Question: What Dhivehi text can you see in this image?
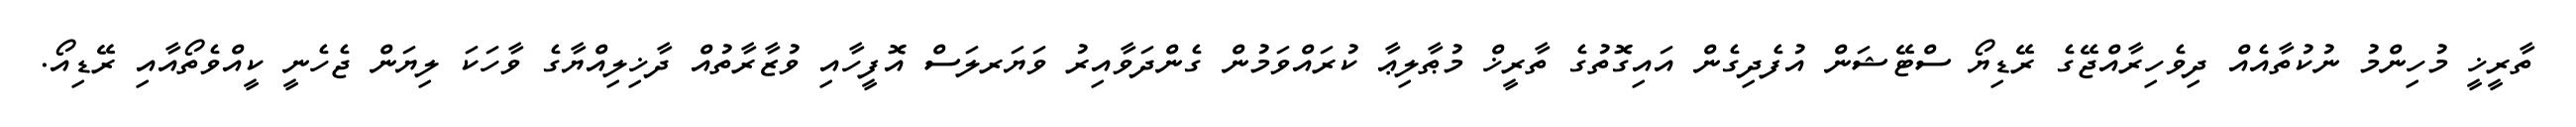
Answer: ތާރީޚީ މުހިންމު ނުކުތާއެއް ދިވެހިރާއްޖޭގެ ރޭޑިޔޯ ސްޓޭޝަން އުފެދިގެން އައިގޮތުގެ ތާރީޚް މުޠާލިޢާ ކުރައްވަމުން ގެންދަވާއިރު ވަޔަރލަސް އޮފީހާއި ވުޒާރާތުއް ދާޚިލިއްޔާގެ ވާހަކަ ލިޔަން ޖެހެނީ ކީއްވެތޯއާއި ރޭޑިއޯ.